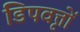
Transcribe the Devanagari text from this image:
डिपवृत्तों